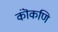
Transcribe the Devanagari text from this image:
कॊंकणि